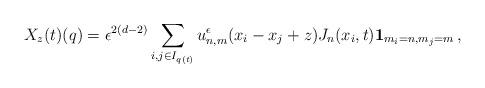
LaTeX: \begin{align*}X_z(t) (q) = \epsilon^{2(d-2)} \sum_{i,j \in I_{q(t)}} u_{n,m}^{\epsilon} (x_i- x_j + z) J_n (x_i,t)\mathbf{1}_{ m_i = n , m_j = m} \, ,\end{align*}